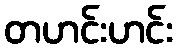
တဟင်းဟင်း